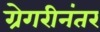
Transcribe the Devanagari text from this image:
ग्रेगरीनंतर